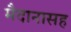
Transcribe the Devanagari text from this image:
मैदानासह